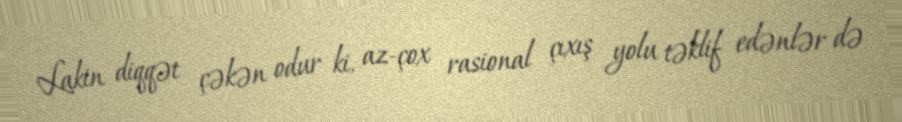
Lakin diqqət çəkən odur ki, az-çox rasional çıxış yolu təklif edənlər də